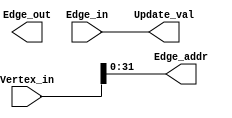
module PingPong #(
parameter VERTEX_WIDTH = 64,
parameter EDGE_WIDTH = 32,
parameter EDGE_ADDRESS = 32,
parameter OUTPUT_WIDTH = 32
)(
input [VERTEX_WIDTH-1:0] 	Vertex_in,
input [EDGE_WIDTH-1:0] 		Edge_in,
output reg [EDGE_ADDRESS-1:0]	Edge_addr,
output reg [EDGE_WIDTH-1:0] 	Edge_out,
output reg [OUTPUT_WIDTH-1:0]	Update_val
);


always @(Vertex_in)begin
	// Check the edges associated with a particular input vertex
	Edge_addr <= Vertex_in[(VERTEX_WIDTH/2)-1:0];
	// TODO Sum on edge values associated with this vertex
	Update_val <= Edge_in;
end


endmodule